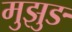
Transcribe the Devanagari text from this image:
मुझुङ